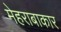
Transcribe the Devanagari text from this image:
मेहराबाकार